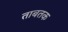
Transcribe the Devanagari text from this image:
ताबतक